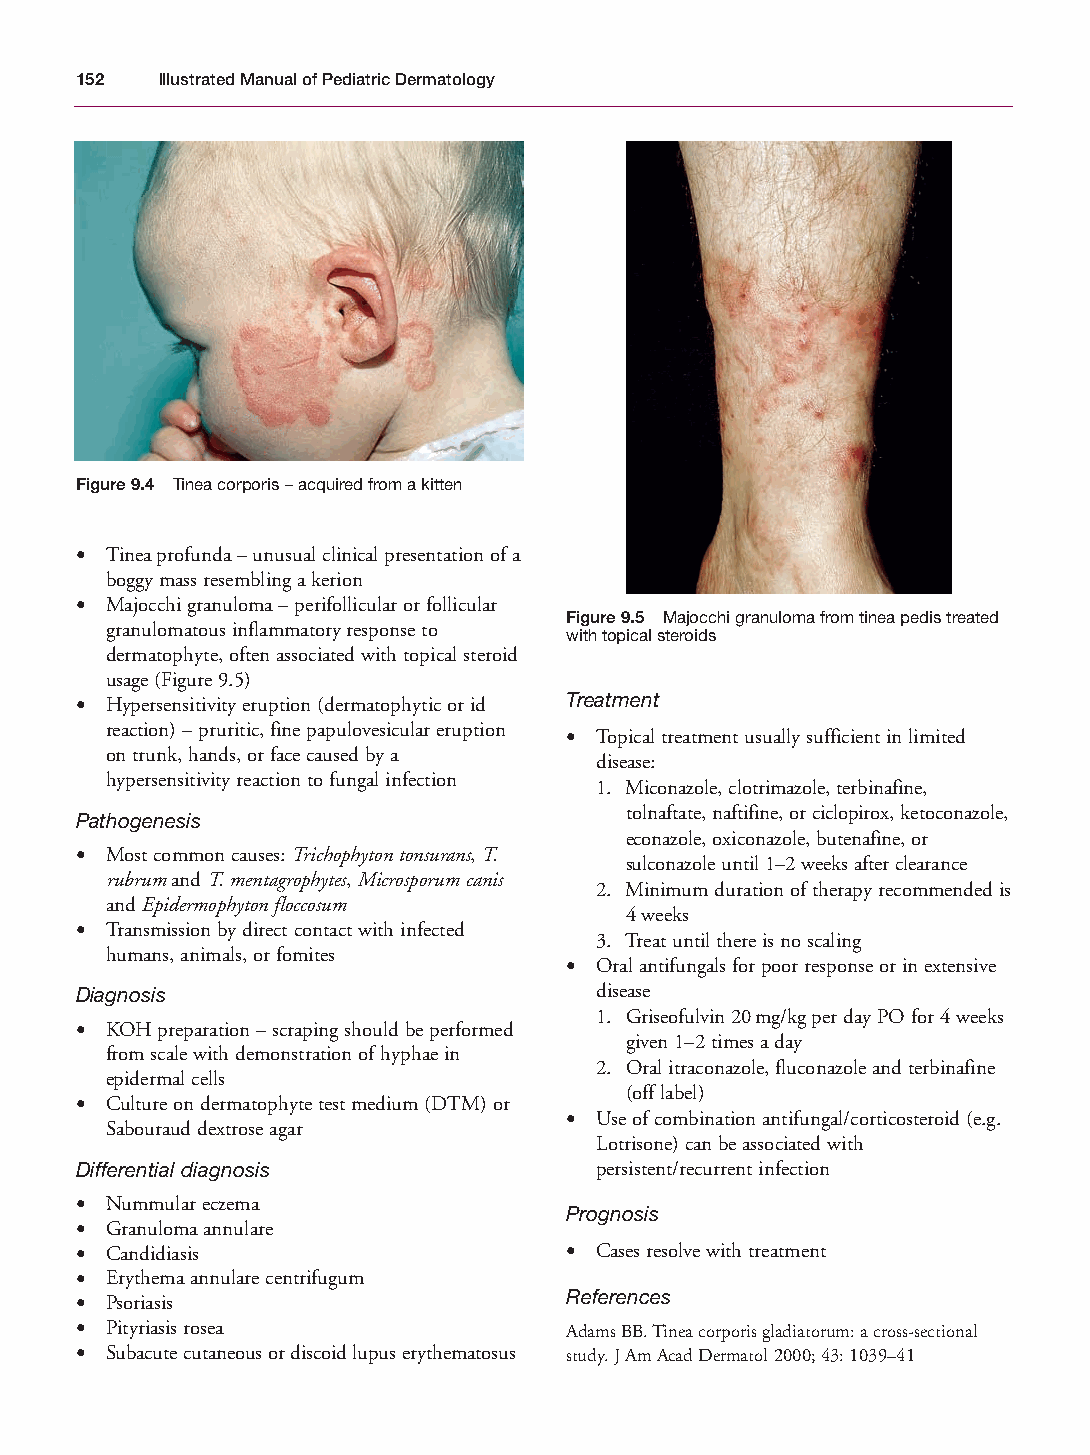
Mallory Chapter 09 27/1/05 2:01 pm Page 152
 152  Illustrated Manual of Pediatric Dermatology
 Figure 9.4 Tinea corporis – acquired from a kitten
 • Tinea profunda – unusual clinical presentation of a
 boggy mass resembling a kerion
 • Majocchi granuloma – perifollicular or follicular
 Figure 9.5 Majocchi granuloma from tinea pedis treated
 granulomatous inflammatory response to
 with topical steroids
 dermatophyte, often associated with topical steroid
 usage (Figure 9.5)
 • Hypersensitivity eruption (dermatophytic or id Treatment
 reaction) – pruritic, fine papulovesicular eruption • Topical treatment usually sufficient in limited
 on trunk, hands, or face caused by a
 disease:
 hypersensitivity reaction to fungal infection
 1. Miconazole, clotrimazole, terbinafine,
 tolnaftate, naftifine, or ciclopirox, ketoconazole,
 Pathogenesis
 econazole, oxiconazole, butenafine, or
 • Most common causes: Trichophyton tonsurans, T.
 sulconazole until 1–2 weeks after clearance
 rubrumand T. mentagrophytes, Microsporum canis
 2. Minimum duration of therapy recommended is
 and Epidermophyton floccosum
 4 weeks
 • Transmission by direct contact with infected
 3. Treat until there is no scaling
 humans, animals, or fomites
 • Oral antifungals for poor response or in extensive
 Diagnosis                         disease
 1. Griseofulvin 20mg/kg per day PO for 4 weeks
 • KOH preparation – scraping should be performed
 given 1–2 times a day
 from scale with demonstration of hyphae in
 2. Oral itraconazole, fluconazole and terbinafine
 epidermal cells
 (off label)
 • Culture on dermatophyte test medium (DTM) or
 • Use of combination antifungal/corticosteroid (e.g.
 Sabouraud dextrose agar
 Lotrisone) can be associated with
 Differential diagnosis            persistent/recurrent infection
 • Nummular eczema
 Prognosis
 • Granuloma annulare
 • Candidiasis                   • Cases resolve with treatment
 • Erythema annulare centrifugum
 References
 • Psoriasis
 • Pityriasis rosea              Adams BB. Tinea corporis gladiatorum: a cross-sectional
 • Subacute cutaneous or discoid lupus erythematosus study. J Am Acad Dermatol 2000; 43: 1039–41